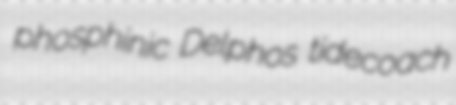
phosphinic Delphos tidecoach